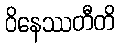
ဝိနေဿတီတိ